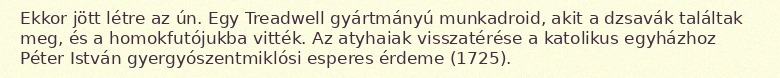
Ekkor jött létre az ún. Egy Treadwell gyártmányú munkadroid, akit a dzsavák találtak meg, és a homokfutójukba vitték. Az atyhaiak visszatérése a katolikus egyházhoz Péter István gyergyószentmiklósi esperes érdeme (1725).